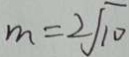
m = 2 \sqrt { 1 0 }